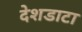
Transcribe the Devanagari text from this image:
देशडाटा